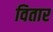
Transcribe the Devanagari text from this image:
वितार